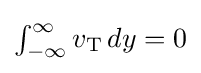
{\textstyle \int _{-\infty }^{\infty }v_{\text{T}}\,dy=0}